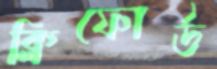
ক্লিফোর্ড